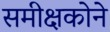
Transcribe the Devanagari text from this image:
समीक्षकोने